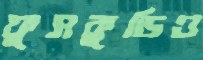
ফুসকুড়িও